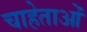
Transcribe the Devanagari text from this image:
चाहेताओं